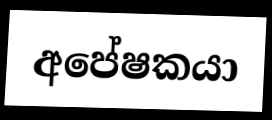
අපේෂකයා